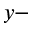
y -